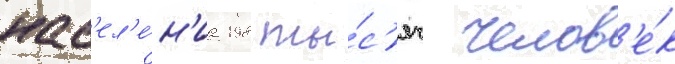
нас'ел'е́н'иа 198 ты́с'яч челов'е́к